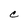
Character: C